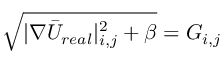
\sqrt { | \nabla \bar { U } _ { r e a l } | _ { i , j } ^ { 2 } + \beta } = G _ { i , j }